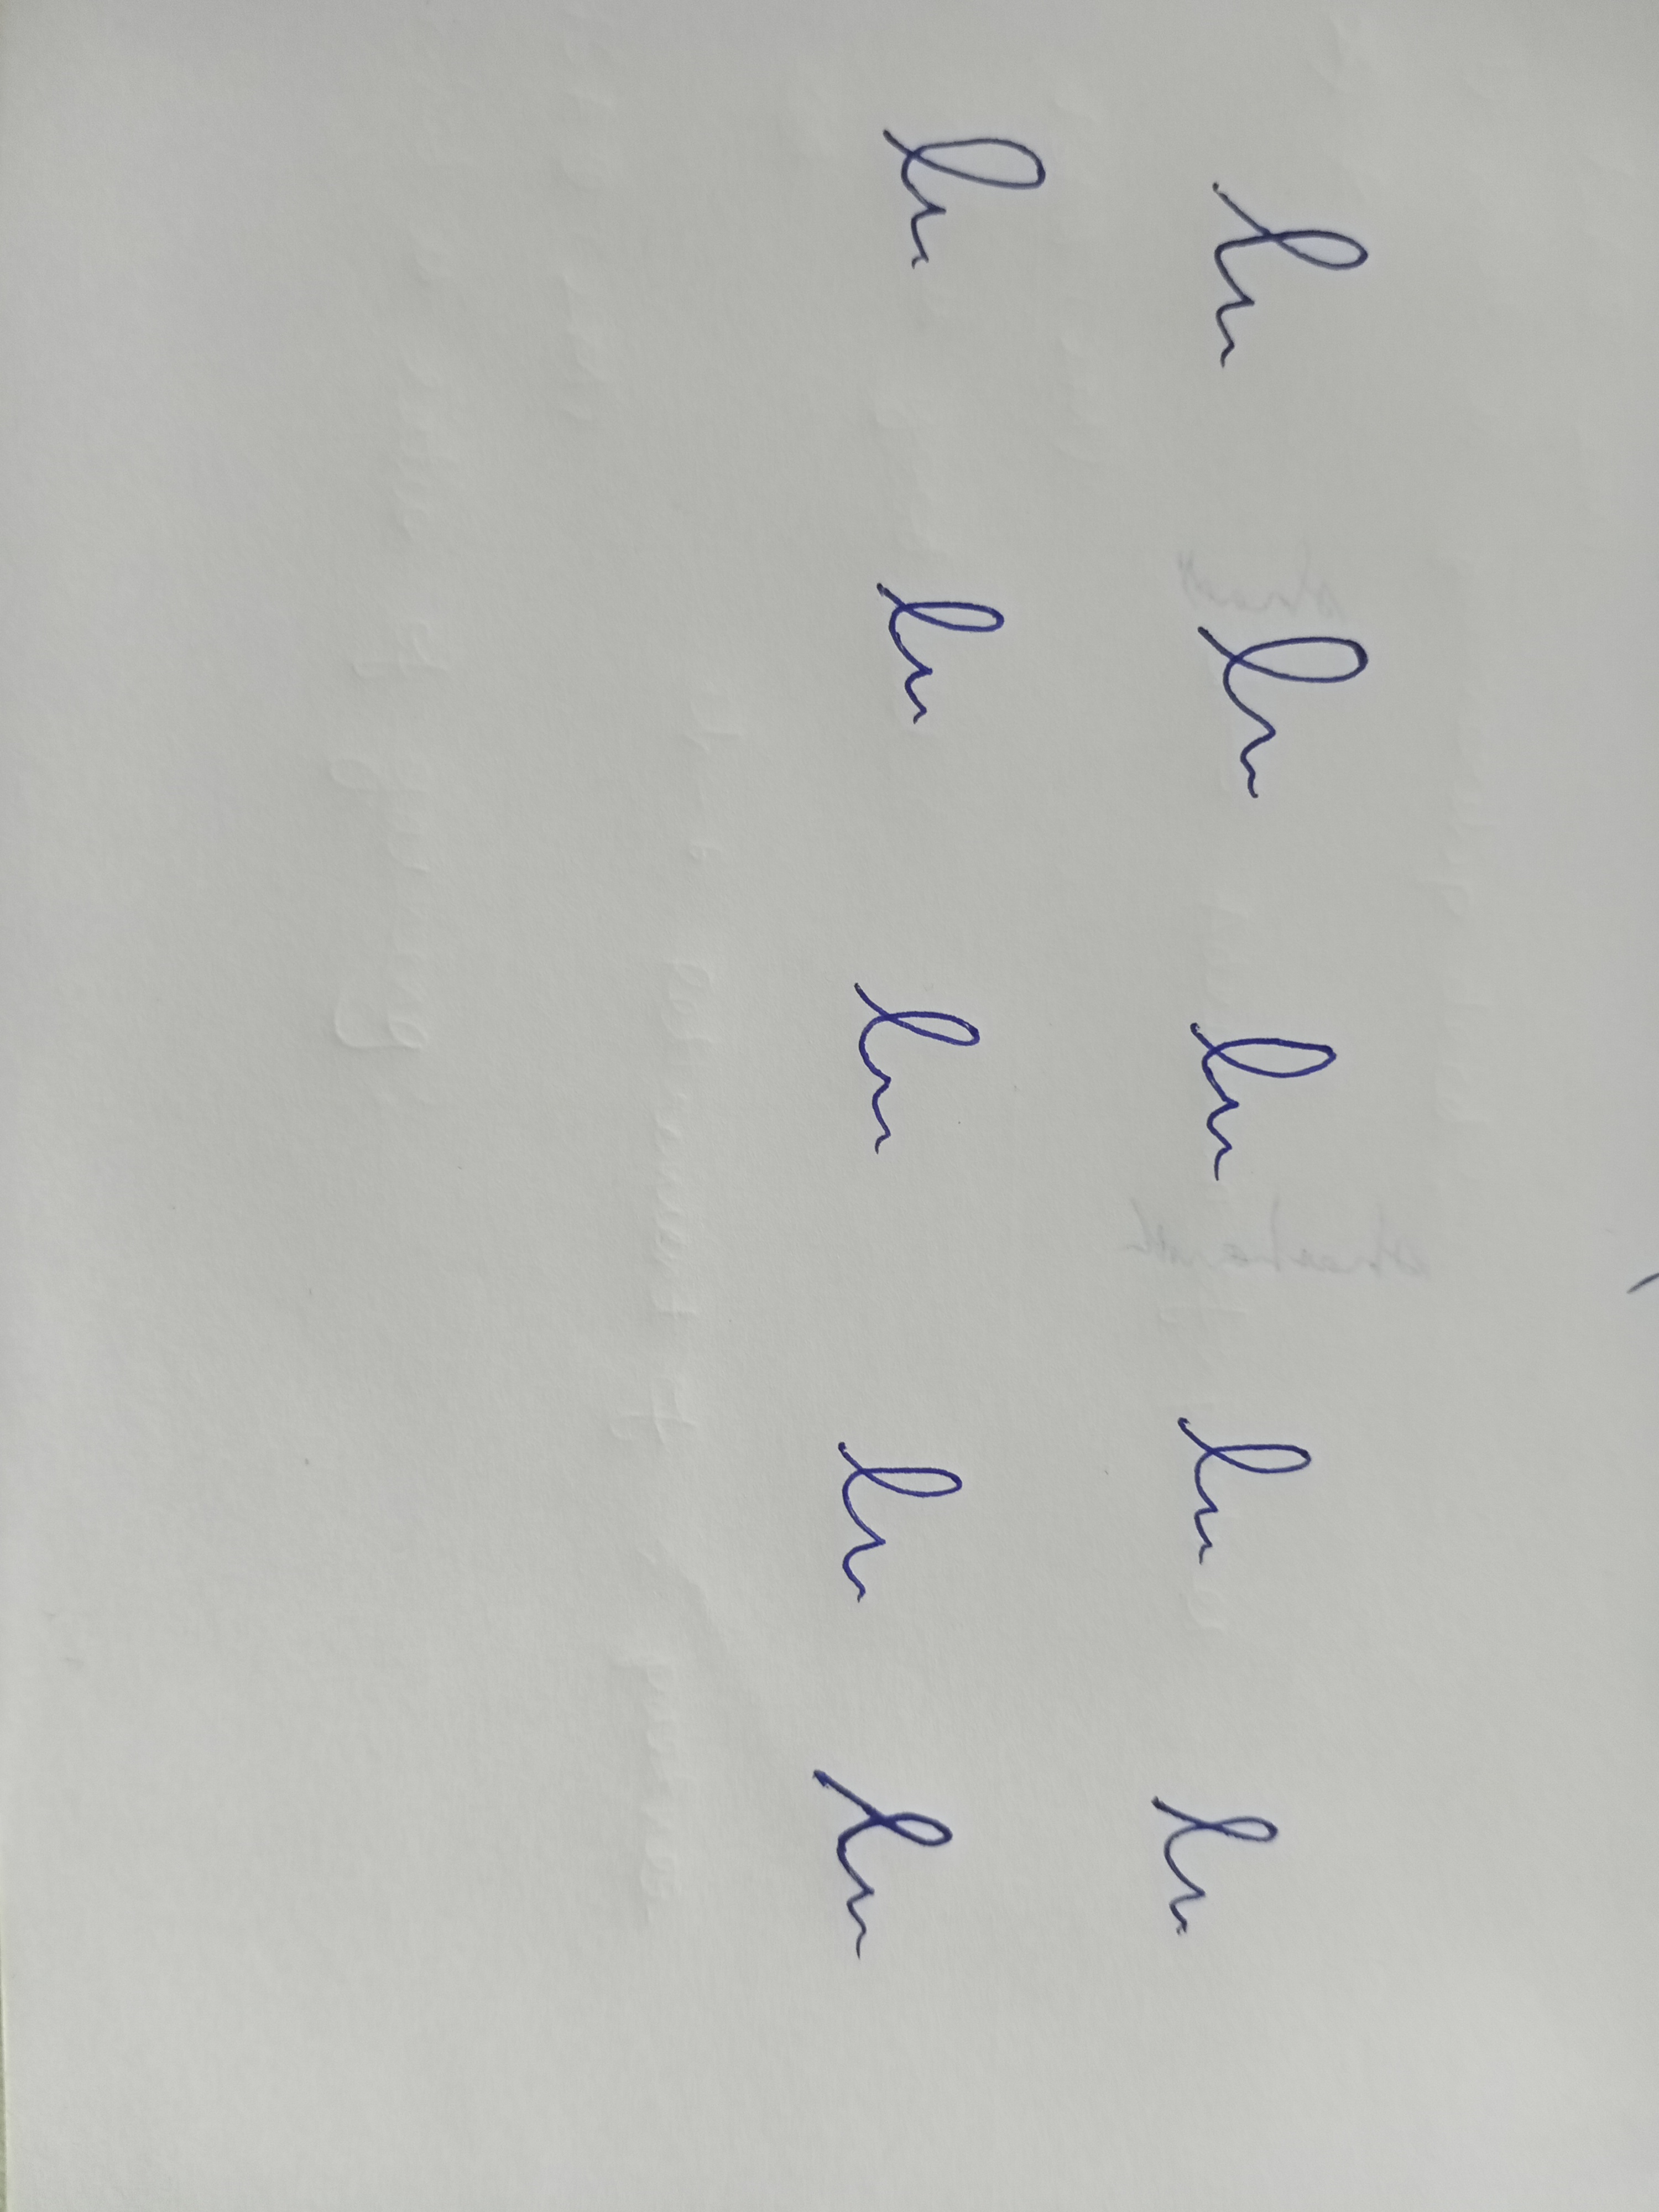
Signature authenticity: forged